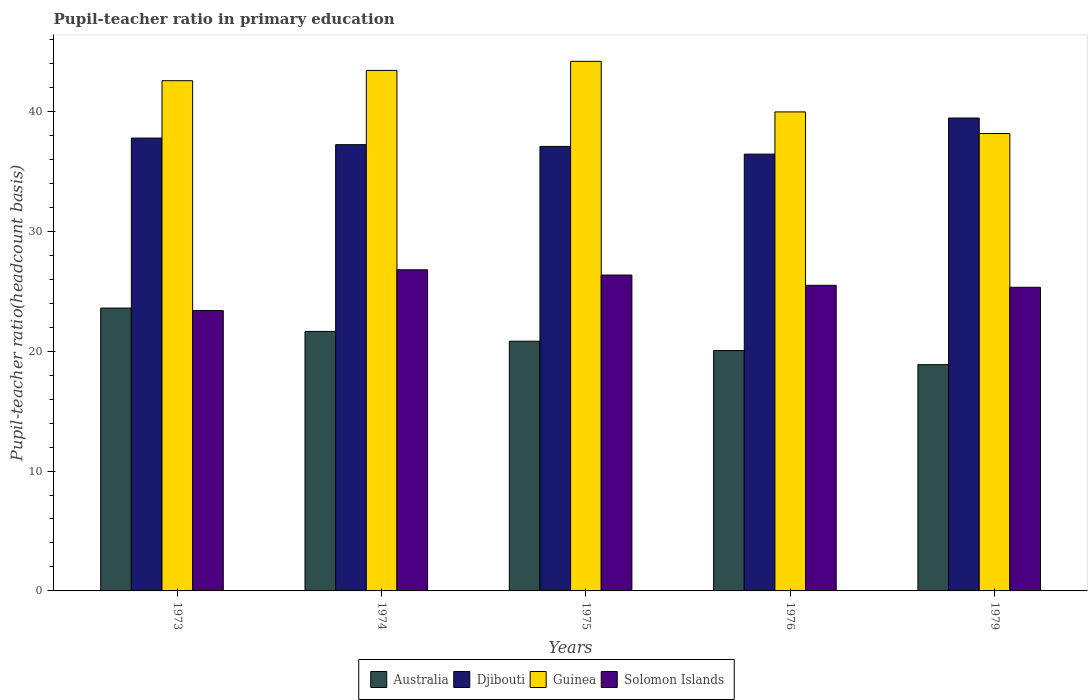
| Years | Australia | Djibouti | Guinea | Solomon Islands |
 | --- | --- | --- | --- | --- |
 | 1973 | 23.6 | 37.8 | 42.6 | 23.4 |
 | 1974 | 21.6 | 37.2 | 43.4 | 26.8 |
 | 1975 | 20.8 | 37.1 | 44.2 | 26.3 |
 | 1976 | 20 | 36.4 | 40 | 25.5 |
 | 1979 | 18.9 | 39.4 | 38.2 | 25.3 |